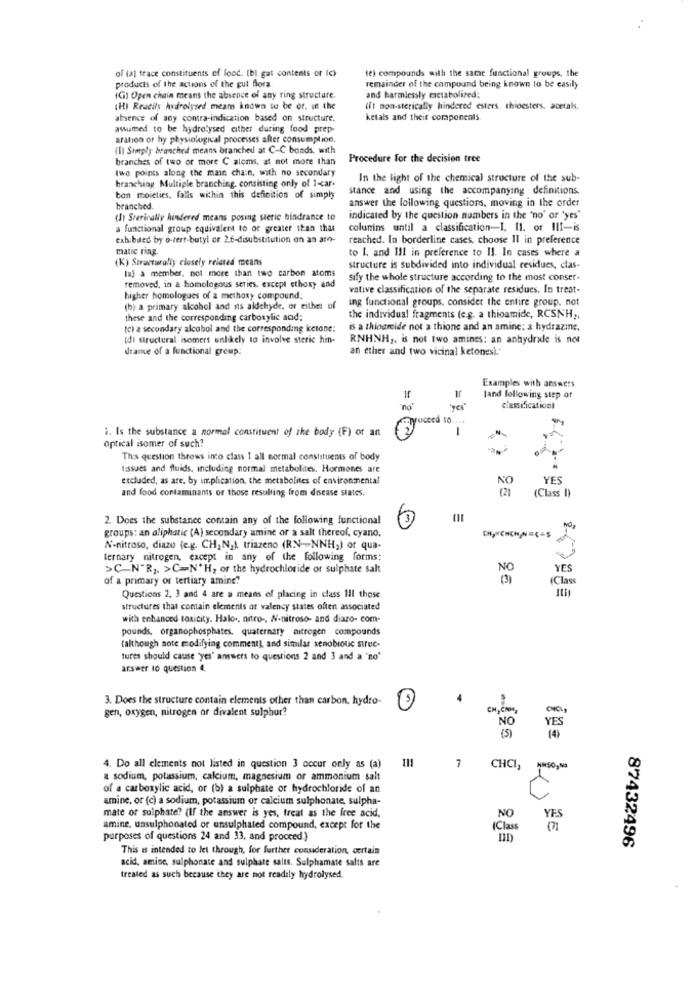
of (a) trace constituents of food. (bl gat contents or Ic)
te) compounds with the same functional groups, the
products of the actions of the gut flora
remainder of the compound being known to be easily
(G) Open chain means the absence of any ring structure.
and harmlessly metabolized:
(HI Reacils hydrolysed means knowa to be or. in the
ift non-sterically hindered esters. chioesters, acerals.
absence of any contra-indication based on structure.
ketals and their components.
assumed to be hydrolysed either during food prep-
aration or hy physiological processes after consumption,
(l) Simply branched means branched at C-C bonds, with
branches of two or more C alems, at not more than
Procedure for the decision tree
two points along the main chan, with no secondary
branching Multiple branching, consisting only of 1-car-
In the light of the chemical structure of the sub-
stance and using the accompanying definitions.
ton moieties, falls within this definition of simply
answer the following questions, moving in the order
branched.
(Jt Sterically hindered means posing steric hindrance to
indicated by the question numbers in the 'no' or 'yes"
a functional group equivalent to or greater than that
colunins until a classification-I. 11. or III-is
cahibited by o-tert-butyl or 2.6-disubstitution on an amo-
reached. In borderline cases, choose Il in preference
matic ring.
to I. and I !! in preference to Il. In cases where a
(K) Structurally closely related means
laj a member, not more than two carbon atoms
structure is subdivided into individual residues, clas-
sify the whole structure according to the most conser-
removed, in a homologous series. except ethoxy and
vative classification of the separate residues. In treat-
higher homologues of a methoxy compound;
ing functional groups. consider the entire group, not
(b) a primary alcohol and its aldehyde, or either of
these and the corresponding carboxylic and;
the individual fragments (e.g. a thioamide, RCSNH ,,
tcl a secondary alcohol and the corresponding ketone:
is a thioamide not a thione and an amine: a hydrazine.
(di structural isomers unlikely to involve steric hin-
RNHNH ,. is not two amines: an anhydride is not
deance of a functional group:
an ether and two vicinal ketones) .*
Examples with answers
land following step of
no
= 0
classificationt
i. Is the substance a normal constituent of the body (F) or an
1
optical isomer of such?
Ths question throws inco class 1 all normal constituents of body
tissues and fluids, Including normal metabolites. Hormones are
excluded, as are. by implication, the metabolites of environmental
YES
and food contaminants of those resulting from disease states.
(Class I)
2. Does the substance contain any of the following functional
groups: an aliphatic (A) secondary amint or a salt thereof, cyano.
N-nitroso, diaze (e.g. CH, N2), triazeno (RN -- NNH,) or qua-
ternary nitrogen, except in any of the following forms:
>C_N"R ,. >C=N'H, or the hydrochloride or sulphate salt
NO
YES
of a primary or tertiary amine?
(Class
Questions 2, 3 and 4 are a means of placing in class Ill those
structures that contain elements of valency states often associated
with enhanced toxicity. Halo ., nitro -, N-nitroso- and diazo- com-
pounds, organophosphates. quaternary nitrogen compounds
(although note modifying comment], and similar xenobiotic struc-
tures should cause 'yes' answers to questions 2 and 3 and a 'no'
answer to question 4,
3. Does the structure contain elements other than carbon, hydro-
gen, oxygen, nitrogen or divalent sulphur?
CH, COM
NO
(5)
YES
111
4. Do all elements not listed in question 3 occur only as (a)
7
CHCI,
& sodium, potassium, calcium, magnesium or ammonium salt
of a carboxylic acid, or (b) a sulphate or hydrochloride of an
amine, or (c) a sodium, potassium or calcium sulphonate, sulpha-
mate or sulphate? (If the answer is yes, treat as the free acid,
NO
YES
amine, unsulphonated or unsulphated compound, except for the
(Class
purposes of questions 24 and 33, and proceed.)
This is intended to let through, for further consideration, certain
87432496
acid, amine, sulphonate and sulphate salts. Sulphamate salis are
treated as such because they are not readily hydrolysed.